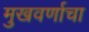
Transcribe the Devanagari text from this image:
मुखवर्णाचा